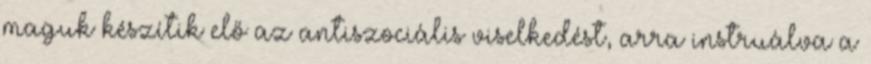
maguk készítik elő az antiszociális viselkedést, arra instruálva a